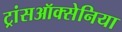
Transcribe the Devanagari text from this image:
ट्रांसऑक्सेनिया